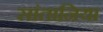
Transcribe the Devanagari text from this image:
सांतानिया